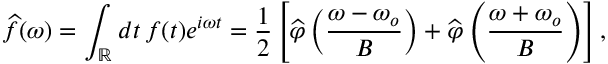
\widehat f ( \omega ) = \int _ { \mathbb { R } } d t \, f ( t ) e ^ { i \omega t } = \frac { 1 } { 2 } \left[ \widehat \varphi \left( \frac { \omega - \omega _ { o } } { B } \right) + \widehat \varphi \left( \frac { \omega + \omega _ { o } } { B } \right) \right] ,